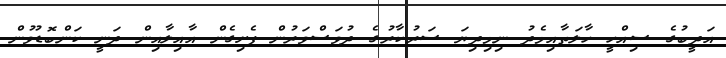
އަދީބުގެ ސިއްހީ ހާލަތާއިމެދު ނިމިދިޔަ ސަރުކާރުގެ ދުވަސްވަރުން ފެށިގެން އާއިލާއިން ދަނީ ކަންބޮޑުވުން